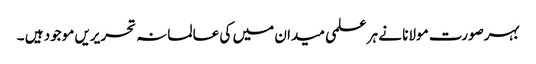
بہرصورت مولانا نے ہر علمی میدان میں کی عالمانہ تحریریں موجود ہیں ۔